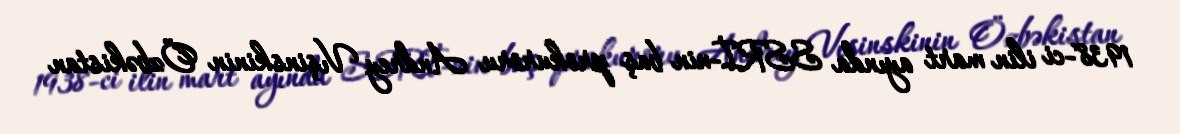
1938-ci ilin mart ayında SSRİ-nin baş prokuroru Andrey Vışinskinin Özbəkistan